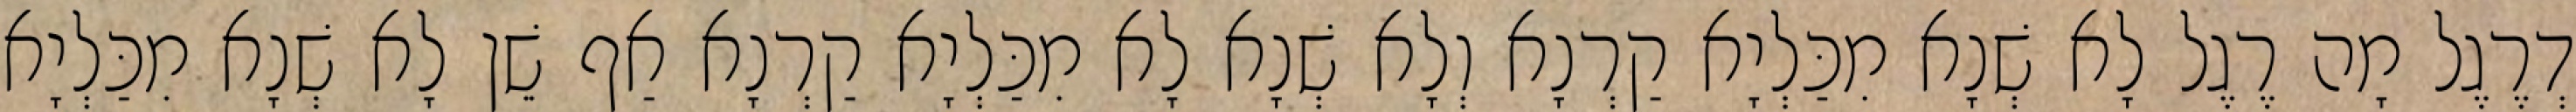
דְרֶגֶל מָה רֶגֶל לָא שְׁנָא מִכַּלְיָא קַרְנָא וְלָא שְׁנָא לָא מִכַּלְיָא קַרְנָא אַף שֵׁן לָא שְׁנָא מִכַּלְיָא